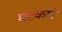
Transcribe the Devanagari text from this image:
घटकाने